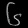
Digit: ၆